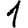
Digit: 1